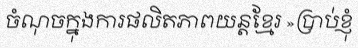
ចំណុចក្នុងការផលិតភាពយន្តខ្មែរ »ប្រាប់ខ្ញុំ